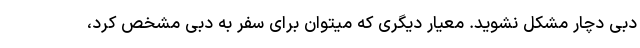
دبی دچار مشکل نشوید. معیار دیگری که میتوان برای سفر به دبی مشخص کرد،